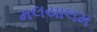
મલયાલમ